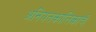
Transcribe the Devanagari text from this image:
अनियतकालिकाचे